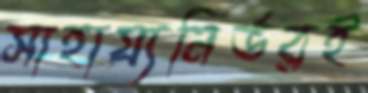
সাহায্যনির্ভরই